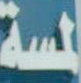
المسة